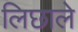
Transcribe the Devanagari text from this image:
लिछाले